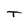
Character: T